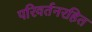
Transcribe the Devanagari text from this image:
परिवर्तनरहित